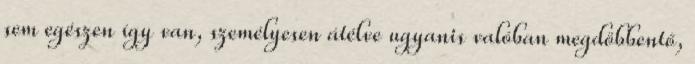
sem egészen így van, személyesen átélve ugyanis valóban megdöbbentő,